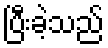
ပြီးခဲ့သည်